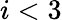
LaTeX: i<3